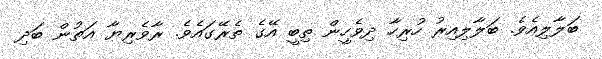
ބަލާލިއެވެ. ބަލާލިއިރު ހުރިހާ ދިވެހީން ތިބީ އޭގެ ތެރޭގައެވެ. ރާވެރިޔާ އަތުން ބަދި